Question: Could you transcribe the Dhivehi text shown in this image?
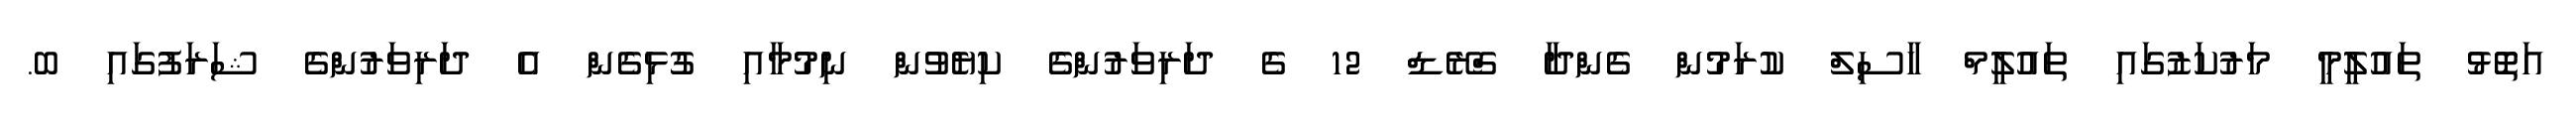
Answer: އަތޮޅު ތައުލީމީ މަރުކަޒުގައި ތައުލީމް ހާސިލް ކުރަމުން ގެންދާ ގްރޭޑް 12 ގެ ދަރިވަރުންގެ ކިޔެވުން ނިމުމާއި ގުޅިގެން އެ ދަރިވަރުންގެ ޝަރަފުގައި ބ.